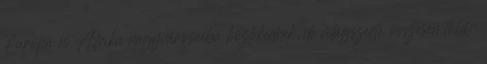
Európa és Afrika nagyvárosaiba közlekednek, de világszerte összesen több,